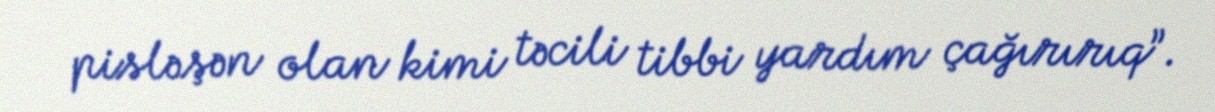
pisləşən olan kimi təcili tibbi yardım çağırırıq”.